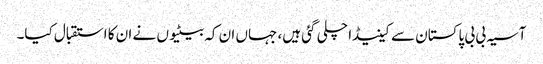
آسیہ بی بی پاکستان سے کینیڈا چلی گئی ہیں، جہاں ان کہ بیٹیوں نے ان کا استقبال کیا۔